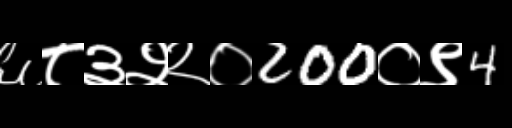
Text: ६८३२२०200०९4